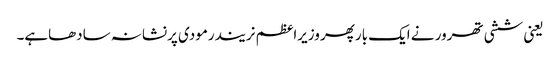
یعنی ششی تھرور نے ایک بارپھر وزیراعظم نریندرمودی پرنشانہ سادھاہے۔